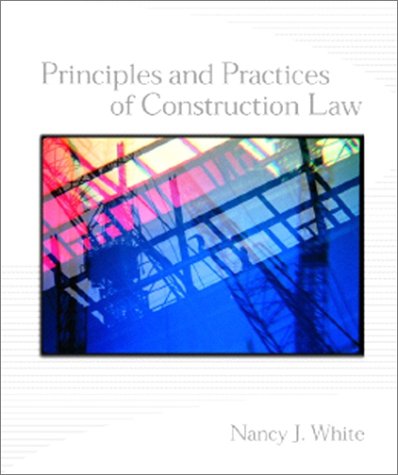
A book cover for Principles and Practices of Construction Law; Nancy J. White J.D.; Law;